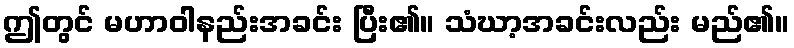
ဤတွင် မဟာဝါနည်းအခင်း ပြီး၏။ သံဃာ့အခင်းလည်း မည်၏။